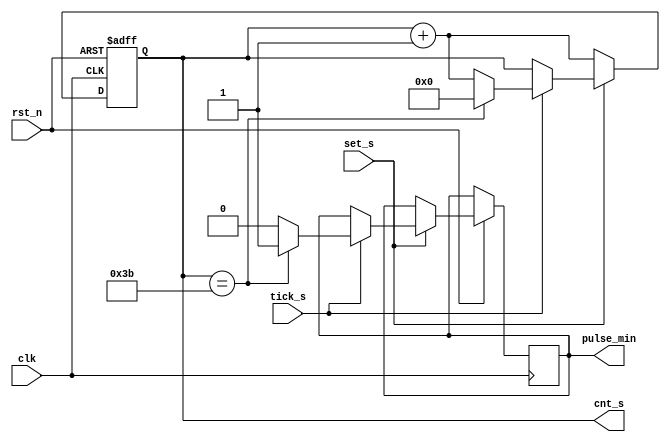
module count_s(
    input clk,
    input tick_s,
    input rst_n,
    input set_s,

    output reg pulse_min,
    output reg [5:0] cnt_s
);

    always @(posedge clk or negedge rst_n) begin
      if(~rst_n) begin 
        cnt_s <= 0;
      end
      else if(~set_s) begin
        cnt_s <= cnt_s + 1;
      end
      else if (tick_s) begin
        if (cnt_s == 59) begin
          cnt_s <= 0; 
          pulse_min <= 1;
        end
        else begin
          cnt_s <= cnt_s + 1;
          pulse_min <= 0;
        end
      end
    end
endmodule

// module count_60s (
//     input clk, rst_n,
//     output reg [5:0] sec
// );
//     parameter n = 60;
//     always @(posedge clk or negedge rst_n) begin
//         if(~rst_n) sec <= 0;
//         else begin
//             if (sec == n) sec <= 0;
//             else sec <= sec + 1;
//         end

//     end
// endmodule